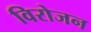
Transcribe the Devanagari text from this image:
विरोजन